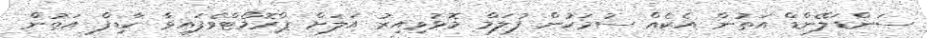
ސަންޑަލޭންޑް އަތުން އެކެއް ސުމަކުން ފުލަމް މޮޅުވިއިރު އަލަށް ޕްރޮމޯޓްވެފައިވާ ކާޑިފް އަތުން